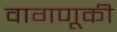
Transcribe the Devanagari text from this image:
वागणूकी